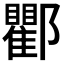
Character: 𨟠